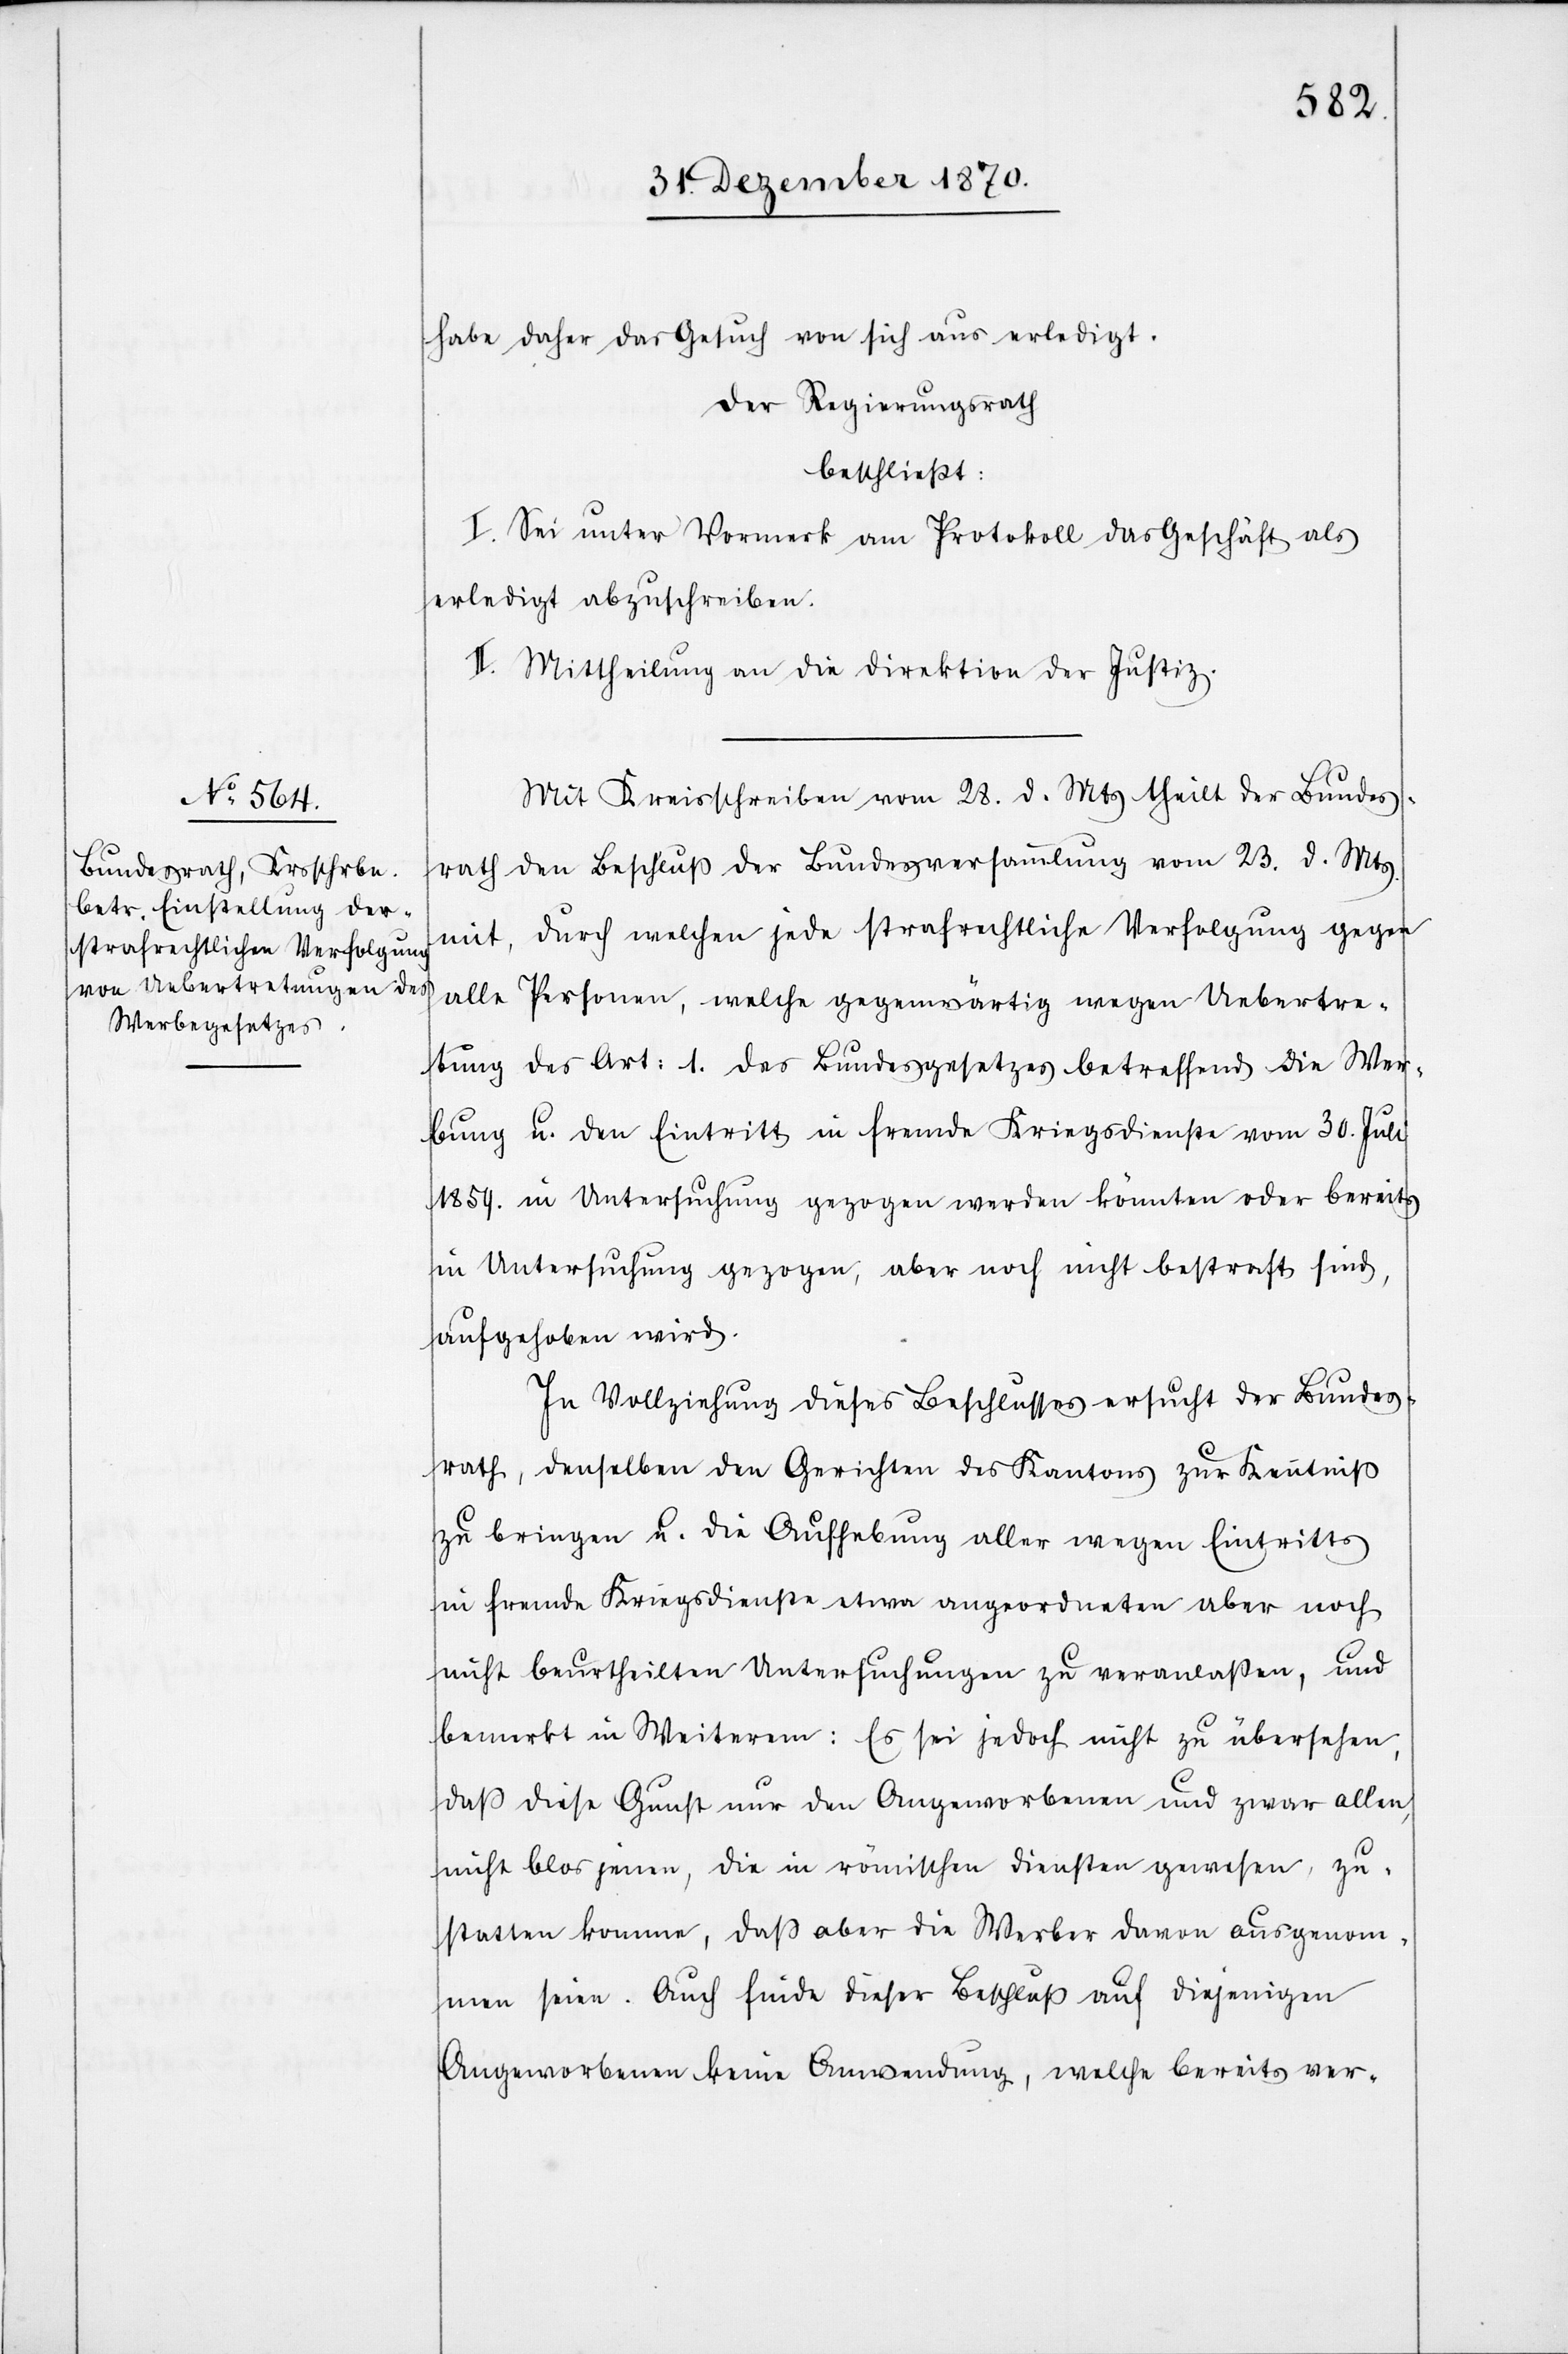
habe daher das Gesuch von sich aus erledigt.
Der Regierungsrath
beschließt:
I. Sei unter Vormerk am Protokoll das Geschäft als
erledigt abzuschreiben.
II. Mittheilung an die Direktion der Justiz.
Mit Kreisschreiben vom 28. d. Mts. theilt der Bundes¬
rath den Beschluß der Bundesversamlung vom 23. d. Mts.
mit, durch welchen jede strafrechtliche Verfolgung gegen
alle Personen, welche gegenwärtig wegen Uebertre¬
tung des Art: 1. des Bundesgesetzes betreffend die Wer¬
bung u. den Eintritt in fremde Kriegsdienste vom 30. Juli
1859. in Untersuchung gezogen werden könnten oder bereits
in Untersuchung gezogen, aber noch nicht bestraft sind,
aufgehoben wird.
In Vollziehung dieses Beschlusses ersucht der Bundes¬
rath, denselben den Gerichten des Kantons zur Kenntniß
zu bringen u. die Aufhebung aller wegen Eintritts
in fremde Kriegsdienste etwa angeordneten aber noch
nicht beurtheilten Untersuchungen zu veranlaßen, und
bemerkt in Weiterem: Es sei jedoch nicht zu übersehen,
daß diese Gunst nur den Angeworbenen und zwar allen,
nicht blos jenen, die in römischen Diensten gewesen, zu¬
statten komme, daß aber die Werber davon ausgenom¬
men seien. Auch finde dieser Beschluß auf diejenigen
Angeworbenen keine Anwendung, welche bereits ver-